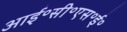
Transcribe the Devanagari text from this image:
आई॰सी॰एस॰ई॰